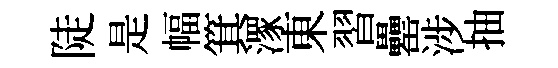
陡是幅箕潈東習罍涉抽